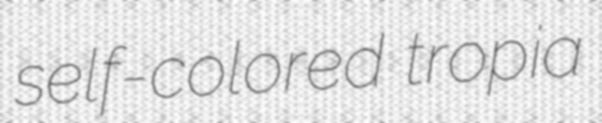
self-colored tropia